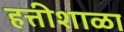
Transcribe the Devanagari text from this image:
हत्तीशाळा